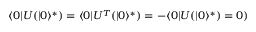
\langle 0 | U ( | 0 \rangle ^ { * } ) = \langle 0 | U ^ { T } ( | 0 \rangle ^ { * } ) = - \langle 0 | U ( | 0 \rangle ^ { * } ) = 0 )